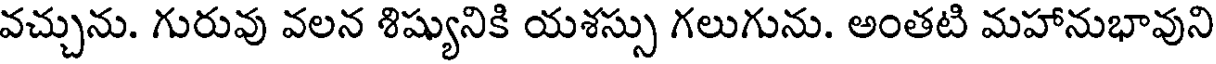
వచ్చును. గురువు వలన శిష్యునికి యశస్సు గలుగును. అంతటి మహానుభావుని